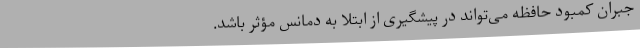
جبران کمبود حافظه می‌تواند در پیشگیری از ابتلا به دمانس مؤثر باشد.